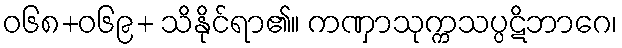
ဝ၆၈+၀၆၉+ သိနိုင်ရာ၏။ ကဏှာသုက္ကသပ္ပဋိဘာဂေ၊